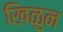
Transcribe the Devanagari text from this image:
खिळुन